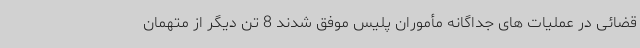
قضائی در عملیات های جداگانه مأموران پلیس موفق شدند 8 تن دیگر از متهمان